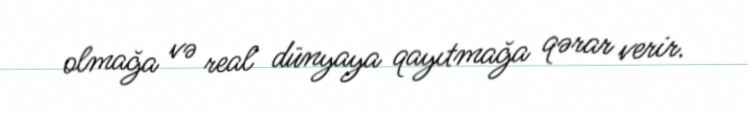
olmağa və real dünyaya qayıtmağa qərar verir.